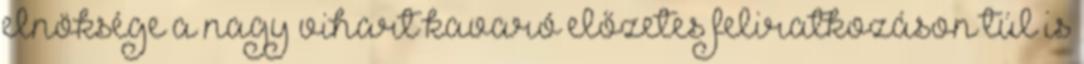
elnöksége a nagy vihart kavaró előzetes feliratkozáson túl is